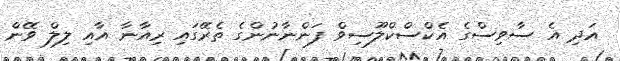
އަދި އެ ސާވިސްގެ އެކްސްކްލޫސިވް ފަންނާނުންގެ ތެރޭގައި ރިއާނާ އާއި ލިލް ވޭން